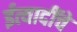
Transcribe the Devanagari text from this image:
ईत्यादींचे